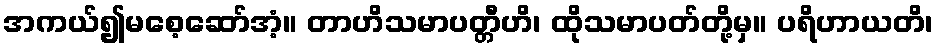
အကယ်၍မစေ့ဆော်အံ့။ တာဟိသမာပတ္တီဟိ၊ ထိုသမာပတ်တို့မှ။ ပရိဟာယတိ၊